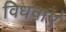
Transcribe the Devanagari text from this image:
विधवाएं